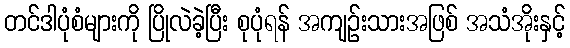
တင်ဒါပုံစံများကို ပြိုလဲခဲ့ပြီး စုပုံရန် အကျဉ်းသားအဖြစ် အသံအိုးနှင့်